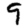
Digit: 9